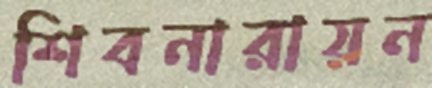
শিবনারায়ন